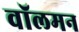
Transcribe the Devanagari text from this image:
वॉलमन